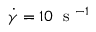
\dot { \gamma } = 1 0 \; \mathrm { ~ s ~ } ^ { - 1 }